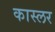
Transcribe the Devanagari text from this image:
कास्लर